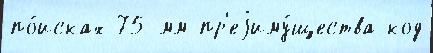
по́исках 75-мм пр'еjиму́щества код